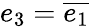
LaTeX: e_{3}={\overline{{e_{1}}}}